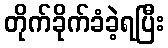
တိုက်ခိုက်ခံခဲ့ရပြီး